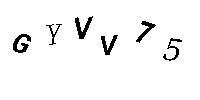
GYVV75